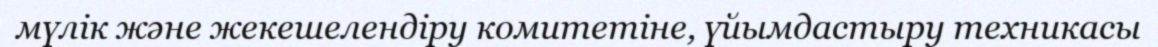
мүлік және жекешелендіру комитетіне, үйымдастыру техникасы